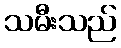
သမီးသည်